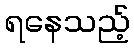
ရနေသည့်